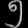
Digit: ၅